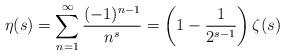
LaTeX: \begin{align*} \eta(s)=\sum_{n=1}^\infty \frac{(-1)^{n-1}}{n^s}=\left(1-\frac{1}{2^{s-1}}\right)\zeta(s)\end{align*}